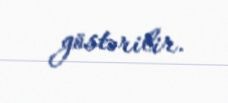
göstərilir.